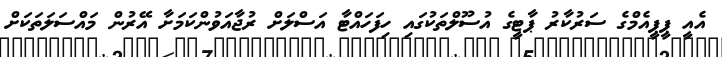
އެއީ ޕީޕީއެމްގެ ސަރުކާރު ޕާޓީގެ އުސޫލްތަކުގައި ހިފަހައްޓާ އަސްލަށް ރުޖާއަވުންކަމަށާ އޭރުން މައްސަލަތަކަށް